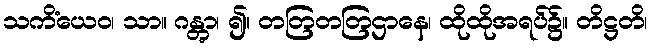
သကိံယေဝ၊ သာ။ ဂန္တွာ၊ ၍။ တတြတတြဌာနေ၊ ထိုထိုအရပ်၌။ တိဋ္ဌတိ၊